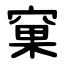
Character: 窠